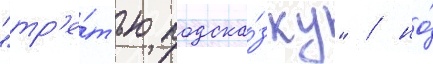
"тр'е́тью подска́зку" / но́